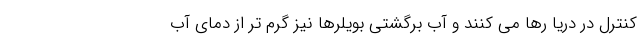
کنترل در دریا رها می کنند و آب برگشتی بویلرها نیز گرم تر از دمای آب